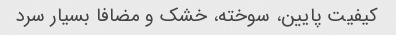
کیفیت پایین، سوخته، خشک و مضافا بسیار سرد